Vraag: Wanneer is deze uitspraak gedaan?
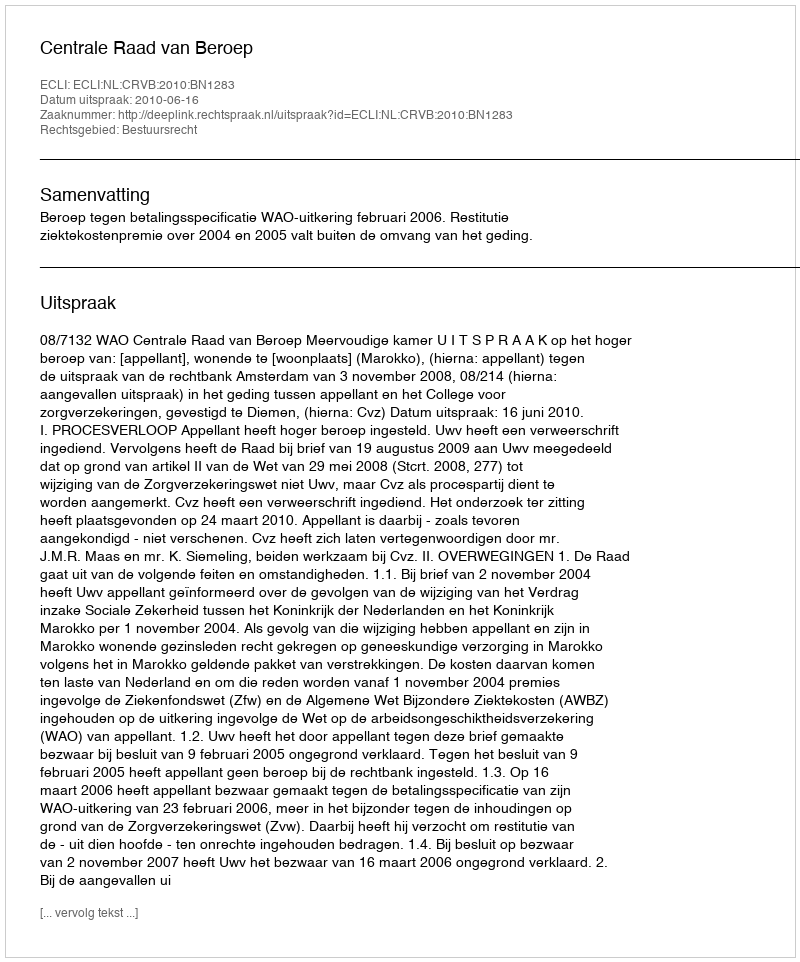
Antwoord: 2010-06-16